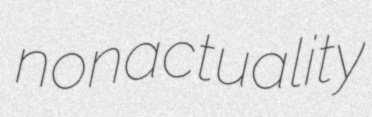
nonactuality